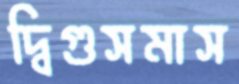
দ্বিগুসমাস